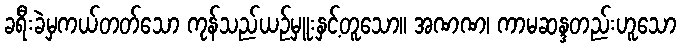
ခရီးခဲမှကယ်တတ်သော ကုန်သည်ယဉ်မှူးနှင့်တူသော။ အဏဏ၊ ကာမဆန္ဒတည်းဟူသော